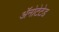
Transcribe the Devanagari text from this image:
ॲनोटेटेड